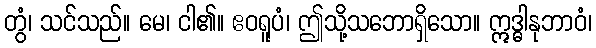
တွံ၊ သင်သည်။ မေ၊ ငါ၏။ ဧဝရူပံ၊ ဤသို့သဘောရှိသော။ ဣဒ္ဓါနုဘာဝံ၊